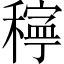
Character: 𥢃